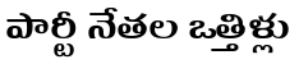
పార్టీ నేతల ఒత్తిళ్లు